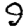
Digit: 9